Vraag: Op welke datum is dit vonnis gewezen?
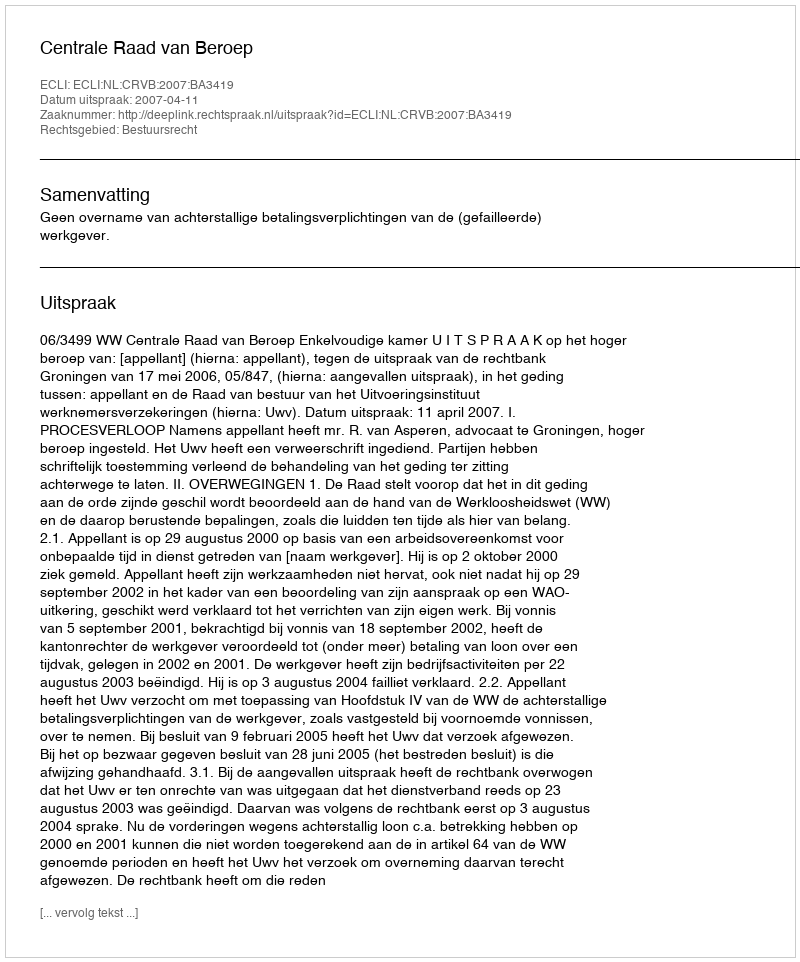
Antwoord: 2007-04-11